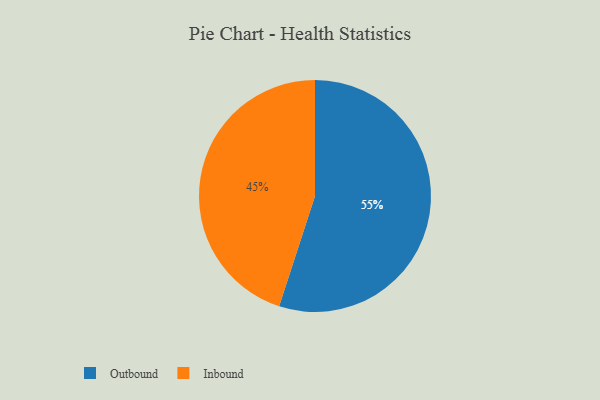
{"axis": {"x": "Category", "y": "Percentage"}, "legend": ["Inbound", "Outbound"], "data": [{"x": "Inbound", "y": 45, "type": "Inbound"}, {"x": "Outbound", "y": 55, "type": "Outbound"}]}